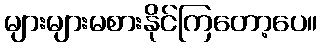
များများမစားနိုင်ကြတော့ပေ။